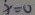
x = 0